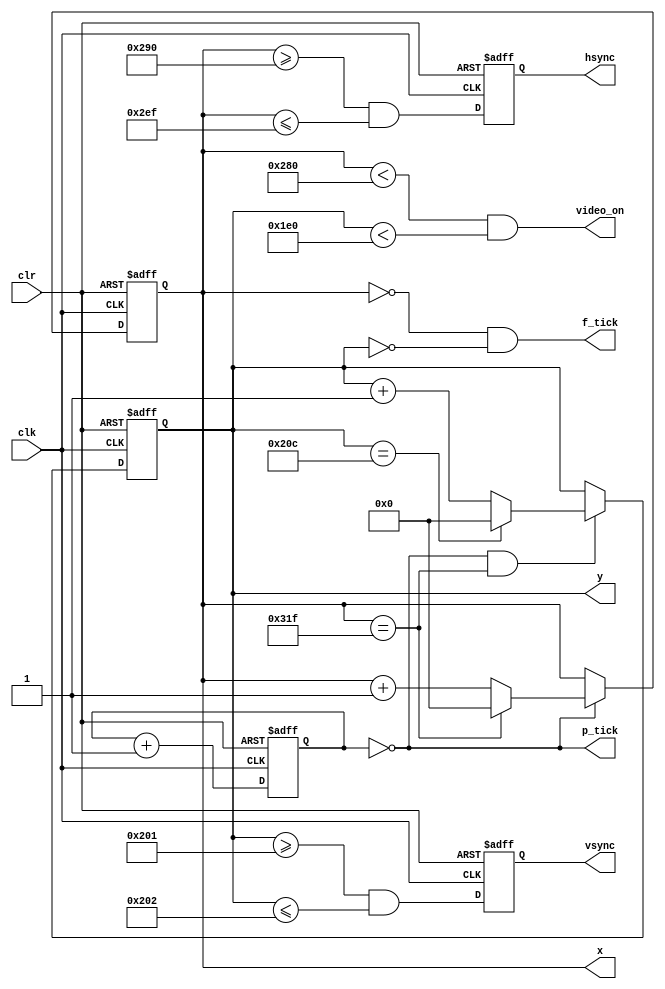
`timescale 1 ns / 1 ns
module vga_sync(
  input wire clk, clr,
  output wire hsync, vsync, video_on, p_tick, f_tick,
  output wire [9:0] x, y
);
parameter DISPLAY_H = 640;
parameter DISPLAY_V = 480;

parameter BORDER_LEFT = 48;
parameter BORDER_RIGHT = 16;

parameter BORDER_TOP = 10;
parameter BORDER_BOTTOM = 33;

parameter RETRACE_H = 96;
parameter RETRACE_V = 2;

parameter H_MAX = DISPLAY_H + BORDER_LEFT + BORDER_RIGHT + RETRACE_H - 1;
parameter V_MAX = DISPLAY_V + BORDER_TOP + BORDER_BOTTOM + RETRACE_V - 1;

parameter H_RETRACE_START = DISPLAY_H + BORDER_RIGHT;
parameter H_RETRACE_END = H_RETRACE_START + RETRACE_H - 1;

parameter V_RETRACE_START = DISPLAY_V + BORDER_BOTTOM;
parameter V_RETRACE_END = V_RETRACE_START + RETRACE_V - 1;

reg [1:0] pixel_reg;
wire [1:0] pixel_next;
wire pixel_tick;

always @(posedge clk, posedge clr)
		if (clr)
		  pixel_reg <= 0;
		else
		  pixel_reg <= pixel_next;
	
	assign pixel_next = pixel_reg + 1; // increment pixel_reg 
	
	assign pixel_tick = (pixel_reg == 0); // assert tick 1/4 of the time
	
	// registers to keep track of current pixel location
	reg [9:0] h_count_reg, h_count_next, v_count_reg, v_count_next;
    reg vsync_reg, hsync_reg;
    wire vsync_next, hsync_next;
always @ (posedge clk, posedge clr)
		if (clr)
		    begin
                    v_count_reg <= 0;
                    h_count_reg <= 0;
                    vsync_reg   <= 0;
                    hsync_reg   <= 0;
		    end
		else
		    begin
                    v_count_reg <= v_count_next;
                    h_count_reg <= h_count_next;
                    vsync_reg   <= vsync_next;
                    hsync_reg   <= hsync_next;
		    end

always @ (*)
		begin
		h_count_next = pixel_tick ? 
		               h_count_reg == H_MAX ? 0 : h_count_reg + 1
			       : h_count_reg;
		
		v_count_next = pixel_tick && h_count_reg == H_MAX ? 
		               (v_count_reg == V_MAX ? 0 : v_count_reg + 1) 
			       : v_count_reg;
		end
		
        // hsync and vsync are active low signals
        // hsync signal asserted during horizontal retrace
        assign hsync_next = h_count_reg >= H_RETRACE_START
                            && h_count_reg <= H_RETRACE_END;
   
        // vsync signal asserted during vertical retrace
        assign vsync_next = v_count_reg >= V_RETRACE_START
                            && v_count_reg <= V_RETRACE_END;

        // video only on when pixels are in both horizontal and vertical display region
        assign video_on = (h_count_reg < DISPLAY_H) 
                          && (v_count_reg < DISPLAY_V);

        // output signals
        assign hsync  = hsync_reg;
        assign vsync  = vsync_reg;
        assign x      = h_count_reg;
        assign y      = v_count_reg;
        assign p_tick = pixel_tick;
        assign f_tick = x == 0 && y == 0;
endmodule //